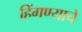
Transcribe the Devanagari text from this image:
हिंगण्याचे